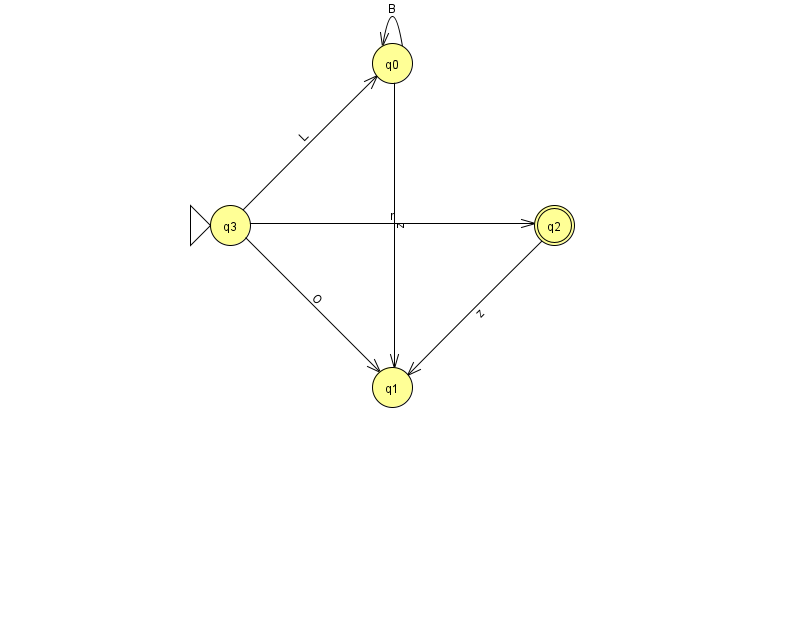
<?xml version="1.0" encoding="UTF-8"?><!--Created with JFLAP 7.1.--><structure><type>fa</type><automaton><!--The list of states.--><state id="0" name="q0"><x>392.0</x><y>50.0</y></state><state id="1" name="q1"><x>392.0</x><y>374.0</y></state><state id="2" name="q2"><x>554.0</x><y>212.0</y><final/></state><state id="3" name="q3"><x>230.0</x><y>212.0</y><initial/></state><!--The list of transitions.--><transition><from>3</from><to>0</to><read>L</read></transition><transition><from>0</from><to>0</to><read>B</read></transition><transition><from>0</from><to>1</to><read>z</read></transition><transition><from>3</from><to>2</to><read>r</read></transition><transition><from>2</from><to>1</to><read>z</read></transition><transition><from>3</from><to>1</to><read>O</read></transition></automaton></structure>